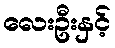
လေးဦးနှင့်